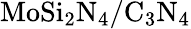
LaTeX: \mathrm{MoSi_{2}N_{4}/C_{3}N_{4}}